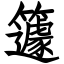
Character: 籧